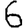
Digit: 6